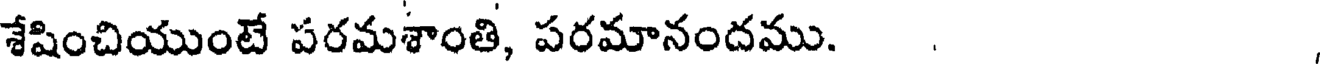
శేషించియుంటే పరమశాంతి, పరమానందము.